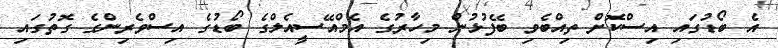
އެ ބޯޑުގައި އިސްކޮށް ތިއްބެވި ބޭފުޅުން މިހާރުގެ އެމްއޭސީއެލްގެ ބޯޑުގެ އިސްވެރިންގެ ގޮތުގައި